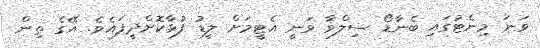
ވަނަ މިނެޓުގައި ބެނާޑޯ ސިލްވާ ވަނީ އެޓީމަށް ލީޑު ފުޅާކޮށްދީފައެވެ. އޭގެ ތިން